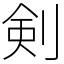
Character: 剣